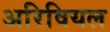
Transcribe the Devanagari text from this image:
अरिवियल